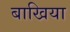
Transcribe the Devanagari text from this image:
बाखिया